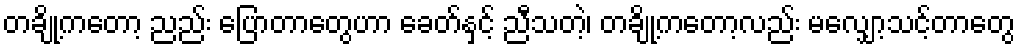
တချို့ကတော့ ညည်း ပြောတာတွေဟာ ခေတ်နှင့် ညီသတဲ့၊ တချို့ကတော့လည်း မလျှော့သင့်တာတွေ